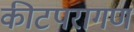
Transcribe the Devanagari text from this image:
कीटपरागण